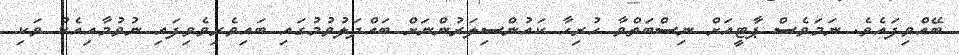
ބޭއްވިފައެވެ. ނަމަވެސް ޕާޓީއަށް ނިސްބަތްވާ ހުރިހާ ކައުންސިލަރުންނަށް ބައްދަލުވުމުގައި ބައިވެރިވެވިފައި ނުވުމާއިއެކު ވަކި